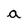
Character: a